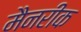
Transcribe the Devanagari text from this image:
मैनरीक